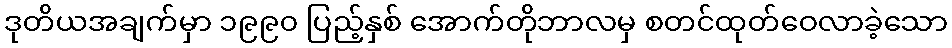
ဒုတိယအချက်မှာ ၁၉၉၀ ပြည့်နှစ် အောက်တိုဘာလမှ စတင်ထုတ်ဝေလာခဲ့သော